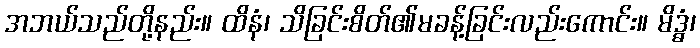
အဘယ်သည်တို့နည်း။ ထိနံ၊ သိခြင်းစိတ်၏မခန့်ခြင်းလည်းကောင်း။ မိဒ္ဓံ၊